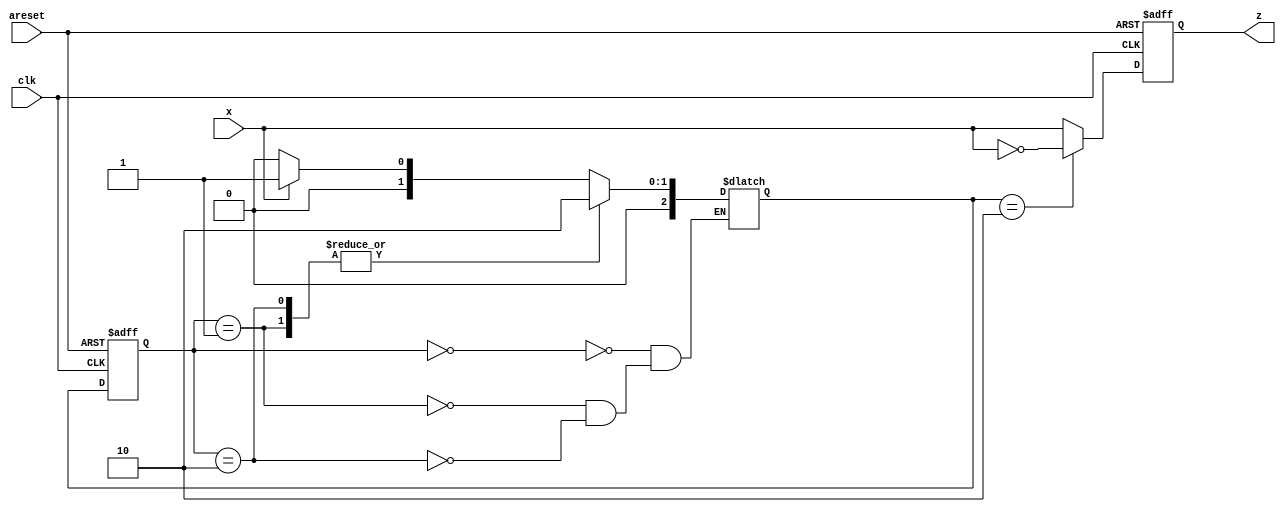
module top_module (
    input clk,
    input areset,
    input x,
    output z
); 
	//取补码的过程，首先读的为0，下一个周期输出0，第一次读到1之后后面全部取反
    parameter Z=0,O1=1,T=2;
    reg [2:0]state;
    reg [2:0]next_state;
    
    always@(*)begin
        case(state)
            Z:next_state = x?O1:Z;
            O1:next_state = T;
            T:next_state = T;
        endcase
    end
    always@(posedge clk, posedge areset)begin
        if(areset)begin state<=Z; z<=0;end
        else begin state<=next_state; z<=next_state==T?~x:x; end
    end
        
    
endmodule